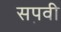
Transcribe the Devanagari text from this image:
सप़वी